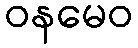
ဝနမေဝ